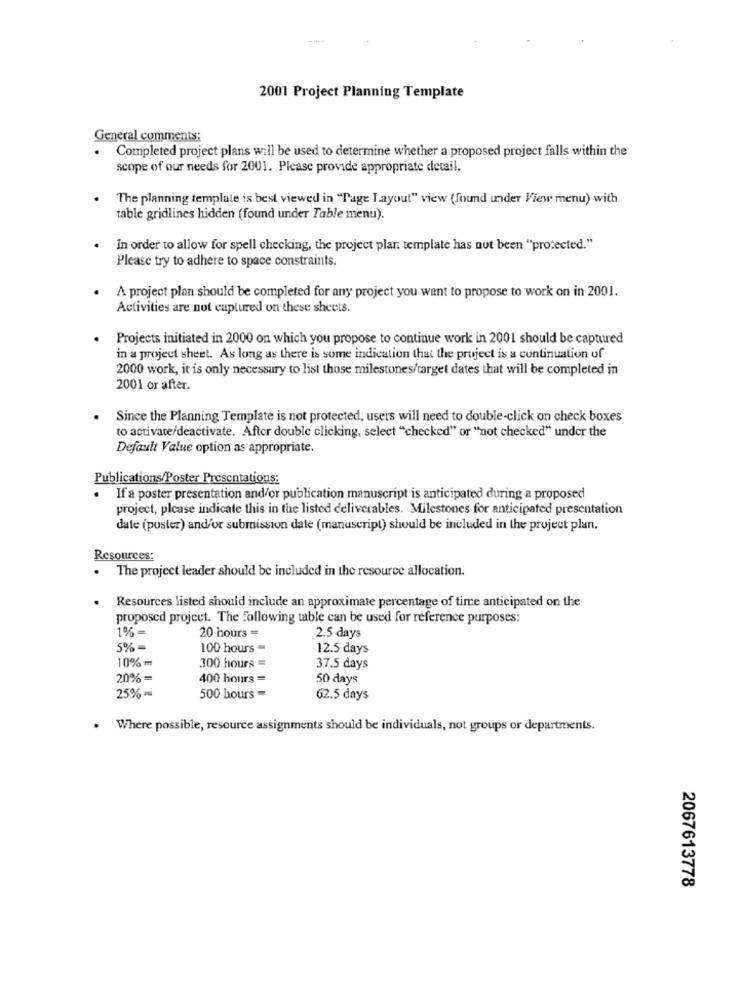
--- +
2001 Project Planning Template
General comments:
Completed project plans will be used to determine whether a proposed project falls within the
scope of our needs for 2001. Please provide appropriate detail.
The planning template is best viewed in "Page Layout" view (found under View menu) with
table gridlines hidden (found under Table menu).
.
In order to allow for spell checking, the project plan template has not been "protected."
Please try to adhere to space constraints.
A project plan should be completed for any project you want to propose to work on in 2001.
Activities are not captured on these sheets.
Projects initiated in 2000 on which you propose to continue work in 2001 should be captured
in a project sheet. As long as there is some indication that the project is a continuation of
2000 work, it is only necessary to list those milestones/target dates that will be completed in
2001 or after.
Since the Planning Template is not protected, users will need to double-click on check boxes
to activate/deactivate. After double clicking, select "checked" or ""not checked" under the
Default Value option as appropriate.
Publications/Poster Presentations:
If a poster presentation and/or publication manuscript is anticipated during a proposed
project, please indicate this in the listed deliverables. Milestones for anticipated presentation
date (puster) and/or submission date (manuscript) should be included in the project plan.
Resources:
The project leader should be included in the resource allocation.
Resources listed should include an approximate percentage of time anticipated on the
proposed project. The following table can be used for reference purposes:
1%-
20 hours =
2.5 days
5% -
100 hours -
12.5 days
10% =
300 hours =
37.5 days
20% =
400 hours =
50 days
25% -
500 hours -
62.5 days
. Where possible, resource assignments should be individuals, not groups or departments.
2067613778